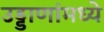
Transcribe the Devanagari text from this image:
उड्डाणांमध्ये